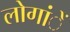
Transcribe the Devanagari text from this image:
लोगांें